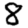
Digit: 8